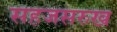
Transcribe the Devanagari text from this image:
सहजसरुख